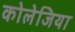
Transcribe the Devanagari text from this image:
कोलेजिया